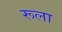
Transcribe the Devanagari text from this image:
रूला